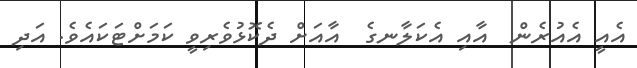
އެއީ އެއުރެން  އާއި އެކަލާނގެ  އާއަށް ދެކޮޅުވެރިވީ ކަމަށްޓަކައެވެ. އަދި